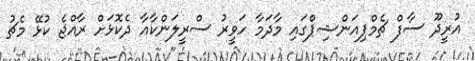
އުރީދޫ ސާފް ޗެމްޕިއަންޝިޕްގައި މާދަމާ ހަވީރު ސްރީލަންކާއާ ދެކޮޅަށް ރާއްޖެ ކުޅޭ މެޗު